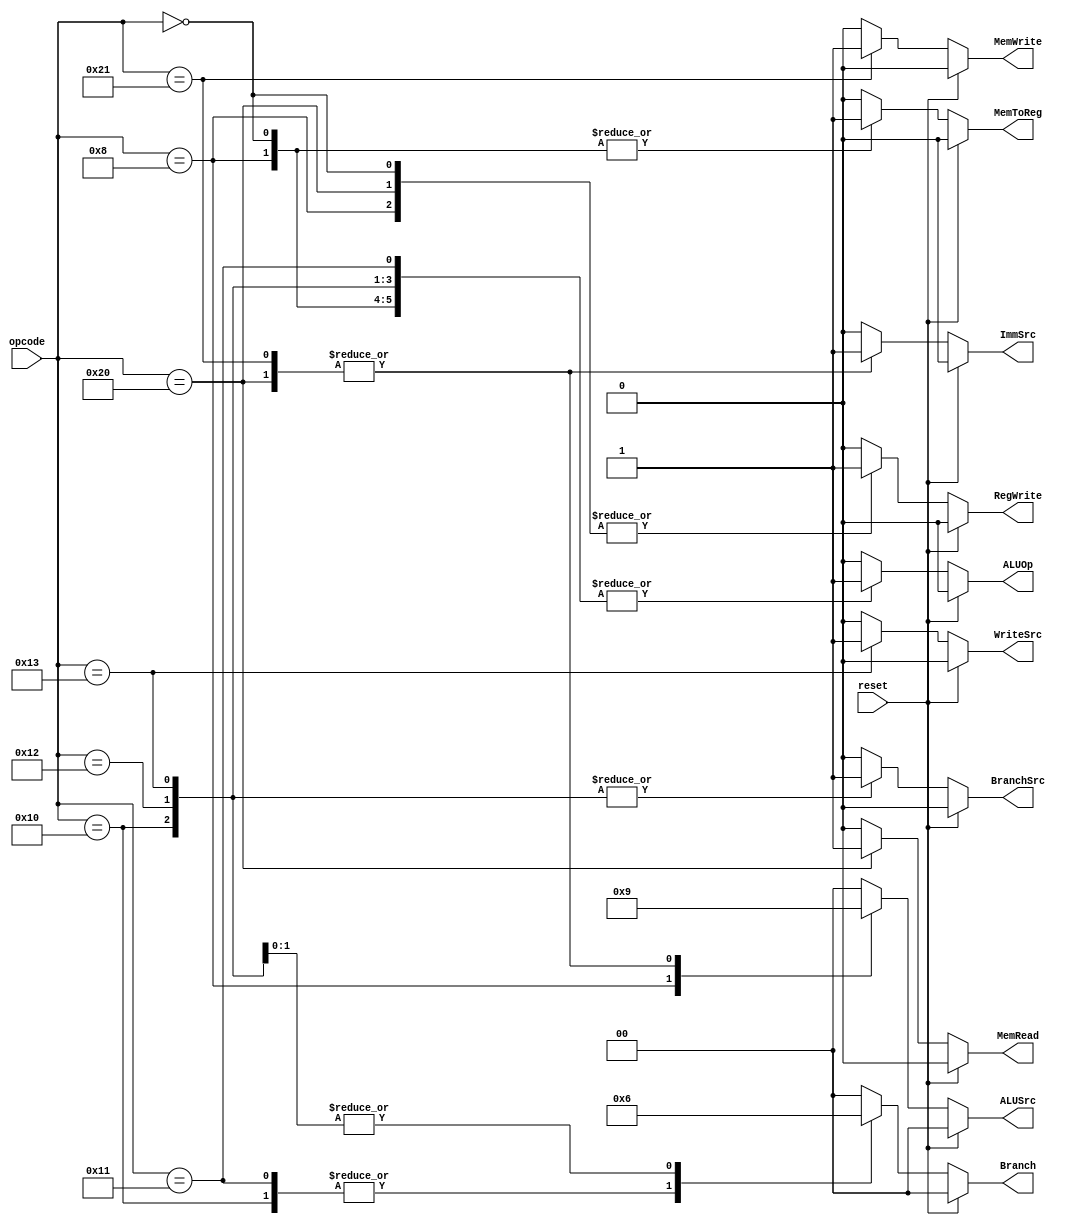
`timescale 1ns / 1ps
////////////////////////////////////////////////////////////////////////////////
// Group : 7
// Members : 
// Battala Vamshi Krishna - 19CS10019
// Mahajan Rohan Raj - 19CS10042
// Assignment - 7
////////////////////////////////////////////////////////////////////////////////
module control (
    input wire reset,
    input [5:0] opcode,
  	output reg [1:0] ALUSrc,
    output reg [1:0] Branch,
    output reg WriteSrc,ImmSrc,MemToReg,RegWrite,MemRead,MemWrite,BranchSrc,ALUOp
);
always@(opcode or reset) begin
    if(reset) begin
        ALUSrc <= 2'b00;
        Branch <= 2'b00;
        WriteSrc <= 0;
        ImmSrc <= 0;
        MemToReg <= 0;
        RegWrite <= 0;
        MemRead <=0;
        MemWrite <=0;
        BranchSrc <=0;
        ALUOp <=0;
    end
    else begin
        case (opcode)
            6'b000000: begin             // R-type
                ALUSrc <= 2'b00;
                Branch <= 2'b00;
                WriteSrc <= 0;
                ImmSrc <= 0;
                MemToReg <= 1;
                RegWrite <= 1;
                MemRead <=0;
                MemWrite <=0;
                BranchSrc <=0;
                ALUOp <=1;
            end
            6'b001000: begin            // I-type
                ALUSrc <= 2'b10;
                Branch <= 2'b00;
                WriteSrc <= 0;
                ImmSrc <= 0;
                MemToReg <= 1;
                RegWrite <= 1;
                MemRead <=0;
                MemWrite <=0;
                BranchSrc <=0;
                ALUOp <=1;
            end
            6'b100000: begin            // load
                ALUSrc <= 2'b01;
                Branch <= 2'b00;
                WriteSrc <= 0;
                ImmSrc <= 1;
                MemToReg <= 0;
                RegWrite <= 1;
                MemRead <=1;
                MemWrite <=0;
                BranchSrc <=0;
                ALUOp <=0;
            end
            6'b100001: begin            // store
                ALUSrc <= 2'b01;
                Branch <= 2'b00;
                WriteSrc <= 0;
                ImmSrc <= 1;
                MemToReg <= 0;
                RegWrite <= 0;
                MemRead <=0;
                MemWrite <=1;
                BranchSrc <=0;
                ALUOp <=0;
            end
            6'b010000: begin            // b
                ALUSrc <= 2'b00;
                Branch <= 2'b01;
                WriteSrc <= 0;
                ImmSrc <= 0;
                MemToReg <= 0;
                RegWrite <= 0;
                MemRead <=0;
                MemWrite <=0;
                BranchSrc <=1;
                ALUOp <=1;
            end
            6'b010001: begin            // br
                ALUSrc <= 2'b00;
                Branch <= 2'b01;
                WriteSrc <= 0;
                ImmSrc <= 0;
                MemToReg <= 0;
                RegWrite <= 0;
                MemRead <=0;
                MemWrite <=0;
                BranchSrc <=0;
                ALUOp <=1;
            end
            6'b010010: begin            // bltz, bz, bnz, bcy, bncy
                ALUSrc <= 2'b00;
                Branch <= 2'b10;
                WriteSrc <= 0;
                ImmSrc <= 0;
                MemToReg <= 0;
                RegWrite <= 0;
                MemRead <=0;
                MemWrite <=0;
                BranchSrc <=1;
                ALUOp <=1;
            end
            6'b010011: begin            // bl
                ALUSrc <= 2'b00;
                Branch <= 2'b10;
                WriteSrc <= 1;
                ImmSrc <= 0;
                MemToReg <= 0;
                RegWrite <= 0;
                MemRead <=0;
                MemWrite <=0;
                BranchSrc <=1;
                ALUOp <=1;
            end
				default:begin
					ALUSrc <= 2'b00;
					Branch <= 2'b00;
					WriteSrc <= 0;
					ImmSrc <= 0;
					MemToReg <= 0;
					RegWrite <= 0;
					MemRead <=0;
					MemWrite <=0;
					BranchSrc <=0;
					ALUOp <=0;
				end
        endcase
    end
end

    
endmodule